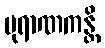
ပုရာဏကန္တိ